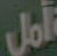
أمل